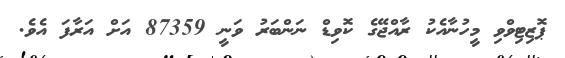
ޕޮޒިޓިވްވި މީހުނާއެކު ރާއްޖޭގެ ކޮވިޑް ނަންބަރު ވަނީ 87359 އަށް އަރާފަ އެވެ.